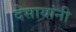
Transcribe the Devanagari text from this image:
देसायांनी